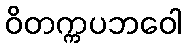
ဝိတက္ကပဘဝေါ